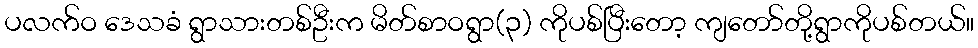
ပလက်ဝ ဒေသခံ ရွာသားတစ်ဦးက မိတ်စာဝရွာ(၃) ကိုပစ်ပြီးတော့ ကျတော်တို့ရွာကိုပစ်တယ်။